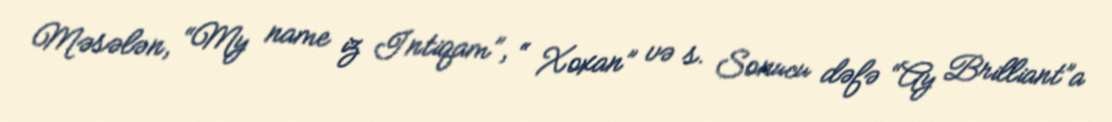
Məsələn, “My name iz Intiqam”, “ Xoxan” və s. Sonucu dəfə “Ay Brilliant”a